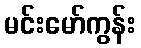
မင်းမော်ကွန်း